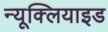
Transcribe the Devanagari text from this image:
न्यूक्लियाइड